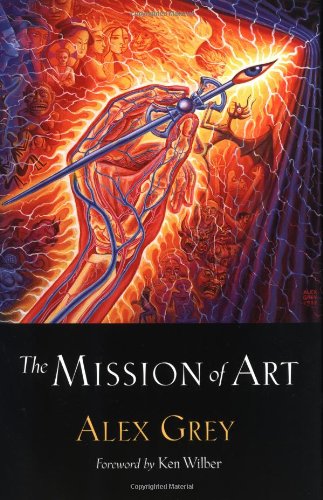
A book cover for The Mission of Art; Alex Grey; Arts & Photography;